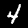
Label: 4